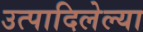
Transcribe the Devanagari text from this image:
उत्पादिलेल्या